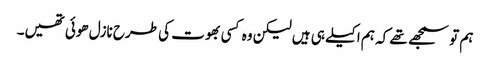
ہم تو سمجھے تھے کہ ہم اکیلے ہی ہیں لیکن وہ کسی بھوت کی طرح نازل ھوئی تھیں۔